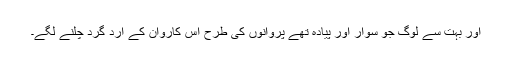
اور بہت سے لوگ جو سوار اور پیادہ تھے پروانوں کی طرح اس کاروان کے ارد گرد چلنے لگے۔